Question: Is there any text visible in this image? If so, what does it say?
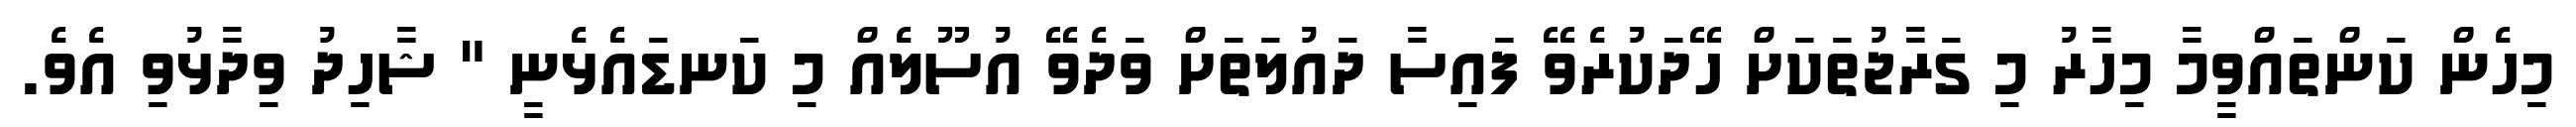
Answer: މިހެން ކަންތައްވީމާ މިހާރު މި ގަރާޖުތަކަށް ހޭދަކުރެވޭ ފައިސާ ދައުލަތަށް ވަދެވޭ އުސޫލެއް މި ކަނޑައެޅެނީ " ޝާހިދު ވިދާޅުވި އެވެ.